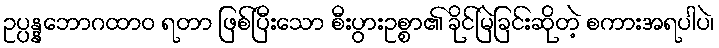
ဥပ္ပန္နဘောဂထာဝ ရတာ ဖြစ်ပြီးသော စီးပွားဥစ္စာ၏ ခိုင်မြဲခြင်းဆိုတဲ့ စကားအရပါပဲ၊